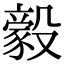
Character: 𬆲